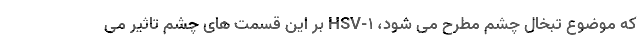
که موضوع تبخال چشم مطرح می شود، HSV-1 بر این قسمت های چشم تاثیر می